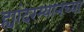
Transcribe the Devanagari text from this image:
ह्यांदरम्यानच्या